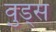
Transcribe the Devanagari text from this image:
व़ुड्स